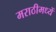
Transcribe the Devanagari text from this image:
मराठीमध्यें